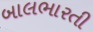
બાલભારતી